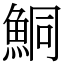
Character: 鮦